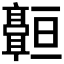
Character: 𬴠